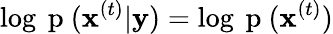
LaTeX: \log{\mathrm{~p~}(\mathbf{x}^{(t)}|\mathbf{y})}=\log{\mathrm{~p~}(\mathbf{x}^{(t)})}